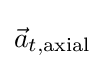
{\textstyle {\vec {a}}_{t,{\text{axial}}}}